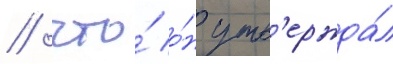
/ что́ о́н утв'ержда́л